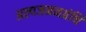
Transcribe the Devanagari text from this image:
अल्पजननग्रंथि